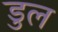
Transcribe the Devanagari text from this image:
डुल